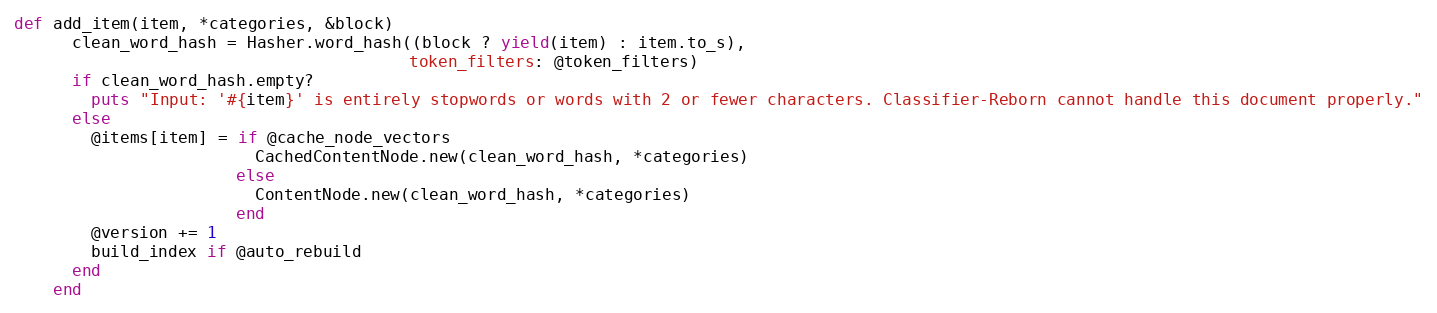
Language: Ruby
def add_item(item, *categories, &block)
      clean_word_hash = Hasher.word_hash((block ? yield(item) : item.to_s),
                                         token_filters: @token_filters)
      if clean_word_hash.empty?
        puts "Input: '#{item}' is entirely stopwords or words with 2 or fewer characters. Classifier-Reborn cannot handle this document properly."
      else
        @items[item] = if @cache_node_vectors
                         CachedContentNode.new(clean_word_hash, *categories)
                       else
                         ContentNode.new(clean_word_hash, *categories)
                       end
        @version += 1
        build_index if @auto_rebuild
      end
    end